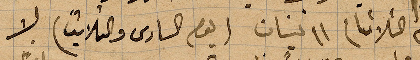
يوم الثلاثا ١١ نيسان (يوم السادس والثلاثين) لا